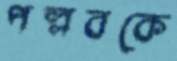
পল্লবকে